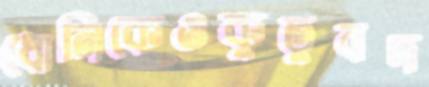
ধোনিকেওকুতুবদ